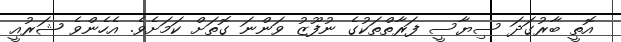
އޮތީ ބާރުގަދަ ސިޔާސީ ފަރާތްތަކުގެ ނުފޫޒު ވަންނަ ގޮތަށް ކަމަށެވެ. އެހެންވެ ޝަރުއީ